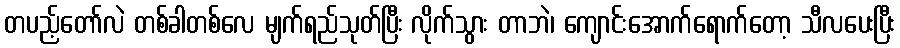
တပည့်တော်လဲ တစ်ခါတစ်လေ မျက်ရည်သုတ်ပြီး လိုက်သွား တာဘဲ၊ ကျောင်းအောက်ရောက်တော့ သီလပေးပြီး